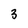
Character: 3